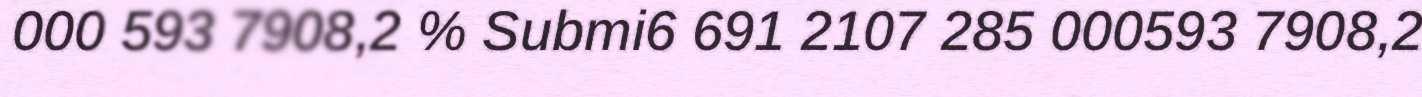
000 593 7908,2 % Submi6 691 2107 285 000593 7908,2